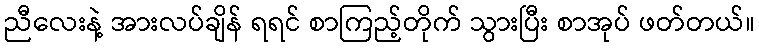
ညီလေးနဲ့ အားလပ်ချိန် ရရင် စာကြည့်တိုက် သွားပြီး စာအုပ် ဖတ်တယ်။